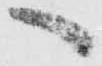
へ